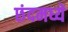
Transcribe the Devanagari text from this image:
छंदमध्ये